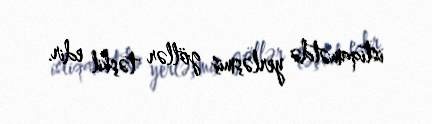
istiqamətdə yerləşmiş göllər təşkil edir.